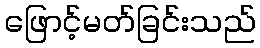
ဖြောင့်မတ်ခြင်းသည်